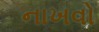
નાખવો